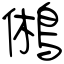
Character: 鵂